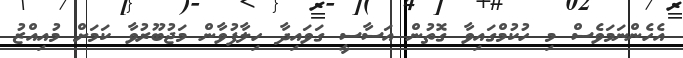
އެހެންނަމަވެސް މި ހުކުމްގައިވާ ގޮތުން އަސާސީ ގަވައިދާ ހިލާފުވާން މަޖުބޫރުވާ ކަމަށް މުއިއްޒު